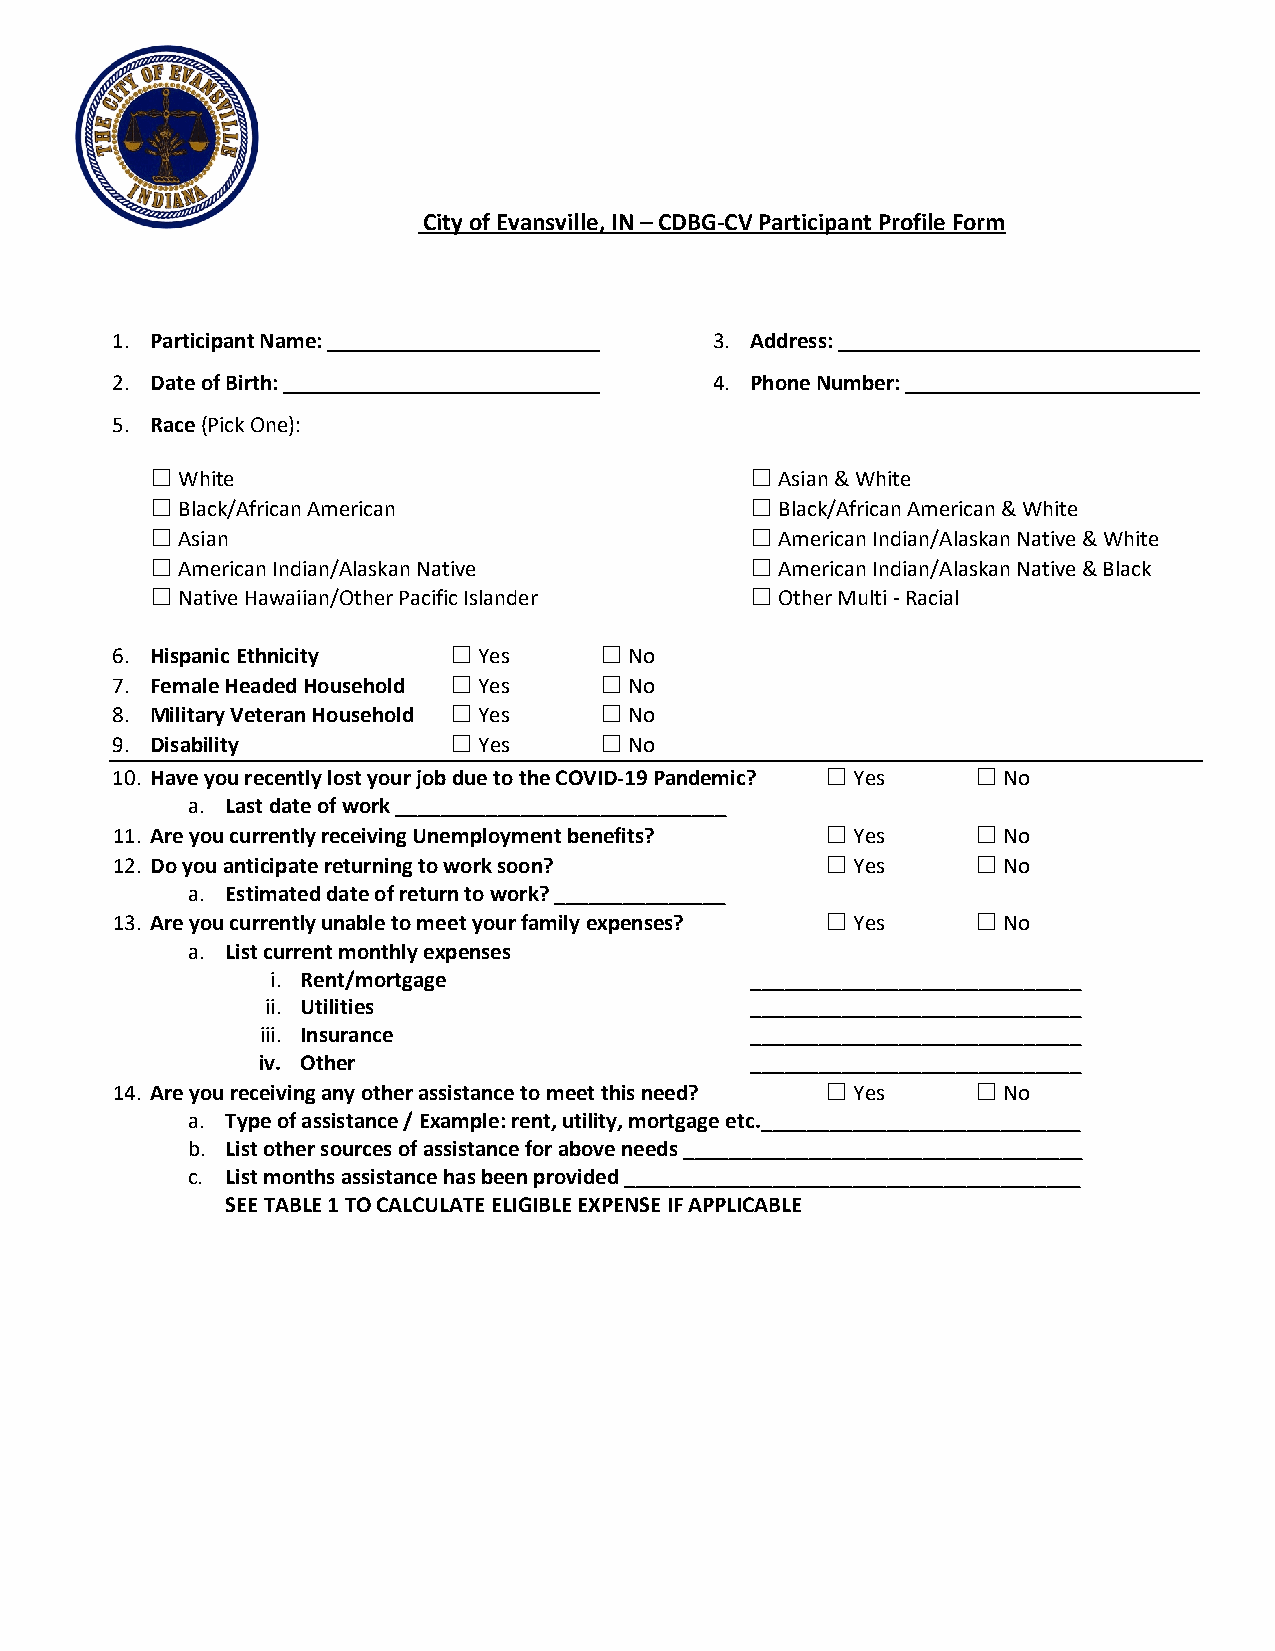
City of Evansville, IN – CDBG-CV Participant Profile Form
 1. Participant Name:                    3. Address:
 2. Date of Birth:                       4. Phone Number:
 5. Race (Pick One):
 ☐ White                                 ☐ Asian & White
 ☐ Black/African American                ☐ Black/African American & White
 ☐ Asian                                 ☐ American Indian/Alaskan Native & White
 ☐ American Indian/Alaskan Native        ☐ American Indian/Alaskan Native & Black
 ☐ Native Hawaiian/Other Pacific Islander ☐ Other Multi - Racial
 6. Hispanic Ethnicity  ☐ Yes     ☐ No
 7. Female Headed Household ☐ Yes ☐ No
 8. Military Veteran Household ☐ Yes ☐ No
 9. Disability          ☐ Yes     ☐ No
 10. Have you recently lost your job due to the COVID-19 Pandemic? ☐ Yes ☐ No
 a. Last date of work _____________________________
 11. Are you currently receiving Unemployment benefits? ☐ Yes ☐ No
 12. Do you anticipate returning to work soon?   ☐ Yes     ☐ No
 a. Estimated date of return to work? _______________
 13. Are you currently unable to meet your family expenses? ☐ Yes ☐ No
 a. List current monthly expenses
 i. Rent/mortgage                _____________________________
 ii. Utilities                   _____________________________
 iii. Insurance                   _____________________________
 iv. Other                        _____________________________
 14. Are you receiving any other assistance to meet this need? ☐ Yes ☐ No
 a. Type of assistance / Example: rent, utility, mortgage etc.____________________________
 b. List other sources of assistance for above needs ___________________________________
 c. List months assistance has been provided ________________________________________
 SEE TABLE 1 TO CALCULATE ELIGIBLE EXPENSE IF APPLICABLE